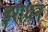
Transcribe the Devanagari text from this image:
हराधन